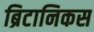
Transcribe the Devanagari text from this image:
ब्रिटानिकस